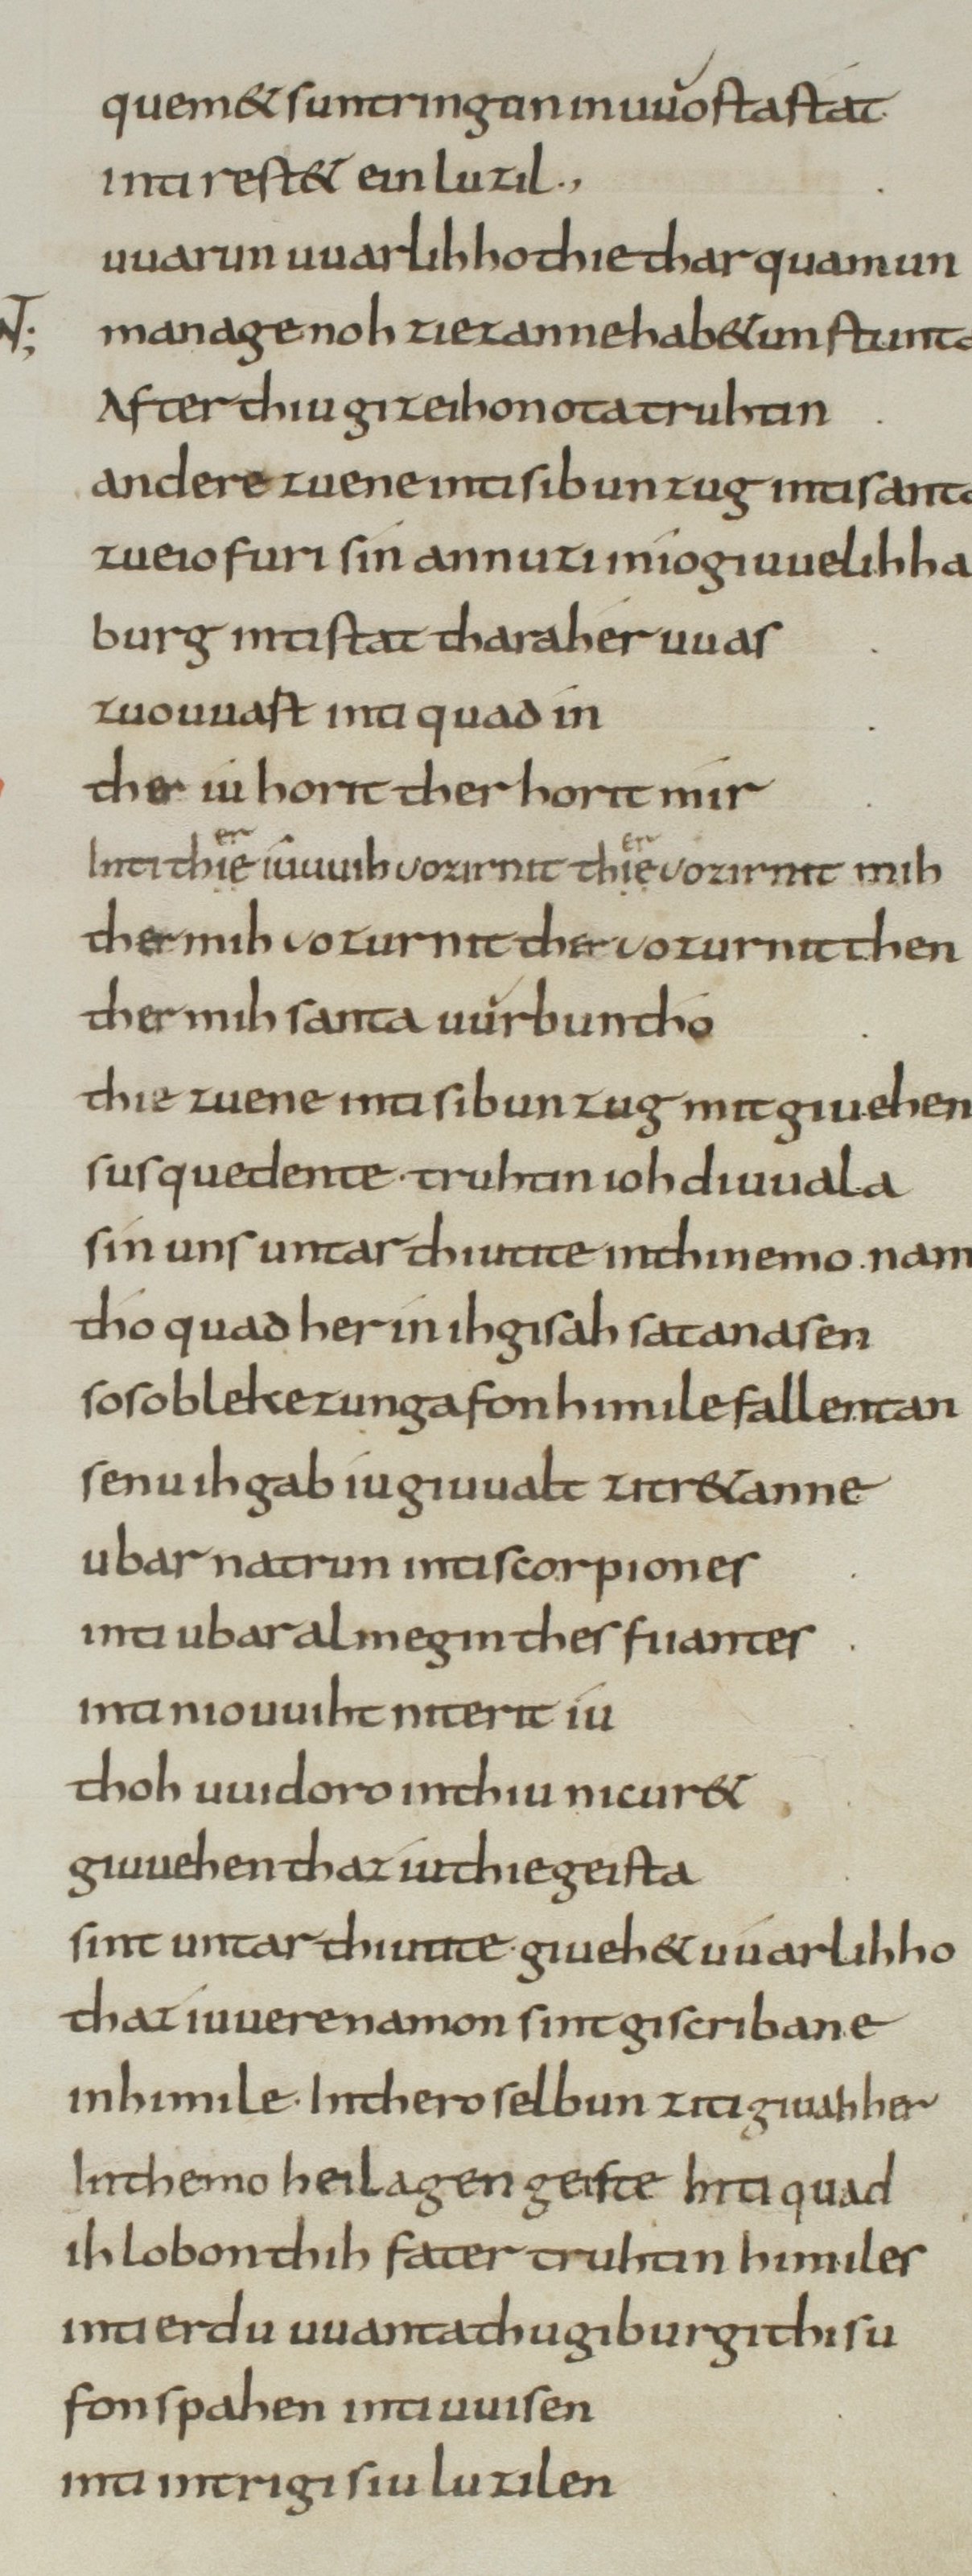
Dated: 800–849